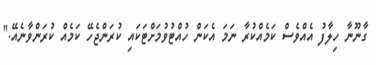
ގާނޫނާ ހިލާފު އެއްވެސް ކަމެއްކުރާ ނަމަ އެކަން ހުއްޓުވުމަށްޓަކައި ކުރަންޖެހޭ ކަމެއް ކުރަންވާނެއޭ."